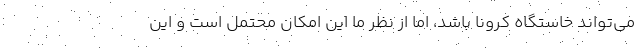
می‌تواند خاستگاه کرونا باشد، اما از نظر ما این امکان محتمل است و این